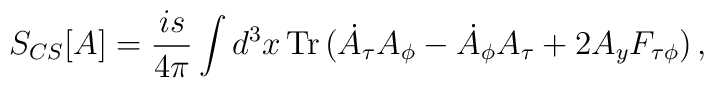
S_{CS}[A] = \frac{is}{4\pi}\int d^3x\, {\mathrm{Tr}}\,(\dot A_{\tau} A_{\phi}            - \dot{A}_{\phi} A_{\tau} + 2 A_y F_{\tau\phi})\,,